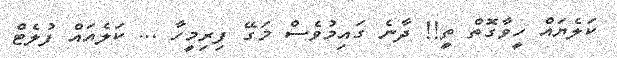
ކަލެޔައް ހީވާގޮތް ތީ!! ދާނެ ގައިމުވެސް މަގޭ ފިރިމީހާ ... ކަލެއައް ފުލެޓް